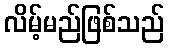
လိမ့်မည်ဖြစ်သည်